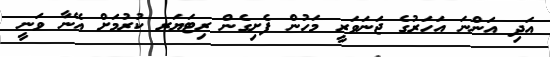
އަދި އަންނަ އަހަރުގެ ޖަނަވަރީ މަހުން ފެށިގެން ރިޓަޔަރ ކުރުމަށް އޭނާ ވަނީ